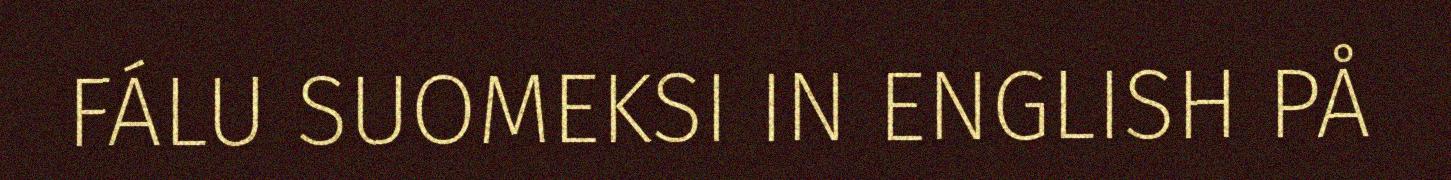
FÁLU SUOMEKSI IN ENGLISH PÅ